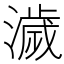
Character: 濊